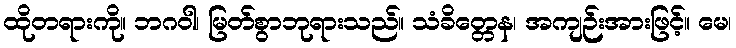
ထိုတရားကို။ ဘဂဝါ၊ မြတ်စွာဘုရားသည်။ သံခိတ္တေန၊ အကျဉ်းအားဖြင့်။ မေ၊